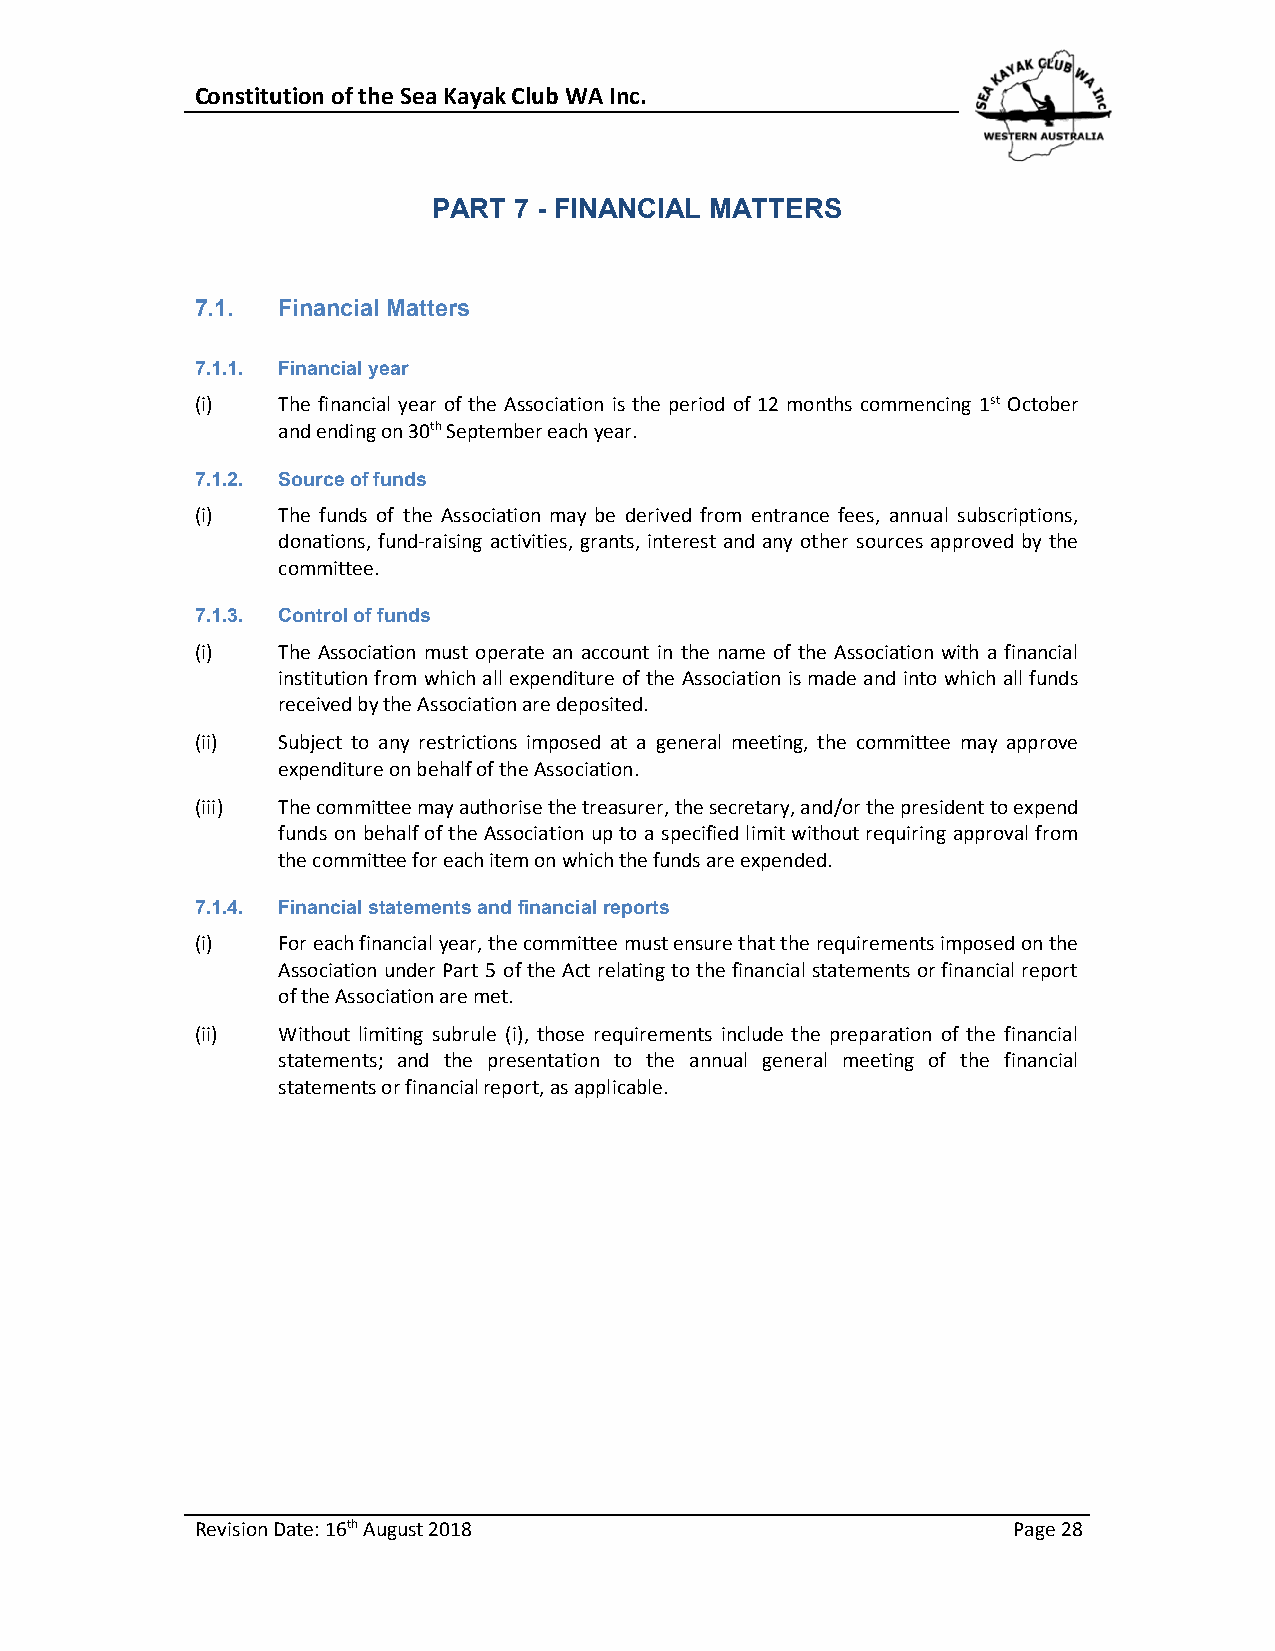
Constitution of the Sea Kayak Club WA Inc.
 PART 7 - FINANCIAL MATTERS
 7.1. Financial Matters
 7.1.1. Financial year
 (i)  The financial year of the Association is the period of 12 months commencing 1st October
 and ending on 30th September each year.
 7.1.2. Source of funds
 (i)  The funds of the Association may be derived from entrance fees, annual subscriptions,
 donations, fund-raising activities, grants, interest and any other sources approved by the
 committee.
 7.1.3. Control of funds
 (i)  The Association must operate an account in the name of the Association with a financial
 institution from which all expenditure of the Association is made and into which all funds
 received by the Association are deposited.
 (ii) Subject to any restrictions imposed at a general meeting, the committee may approve
 expenditure on behalf of the Association.
 (iii) The committee may authorise the treasurer, the secretary, and/or the president to expend
 funds on behalf of the Association up to a specified limit without requiring approval from
 the committee for each item on which the funds are expended.
 7.1.4. Financial statements and financial reports
 (i)  For each financial year, the committee must ensure that the requirements imposed on the
 Association under Part 5 of the Act relating to the financial statements or financial report
 of the Association are met.
 (ii) Without limiting subrule (i), those requirements include the preparation of the financial
 statements; and the presentation to the annual general meeting of the financial
 statements or financial report, as applicable.
 Revision Date: 16th August 2018                       Page 28